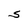
Character: S